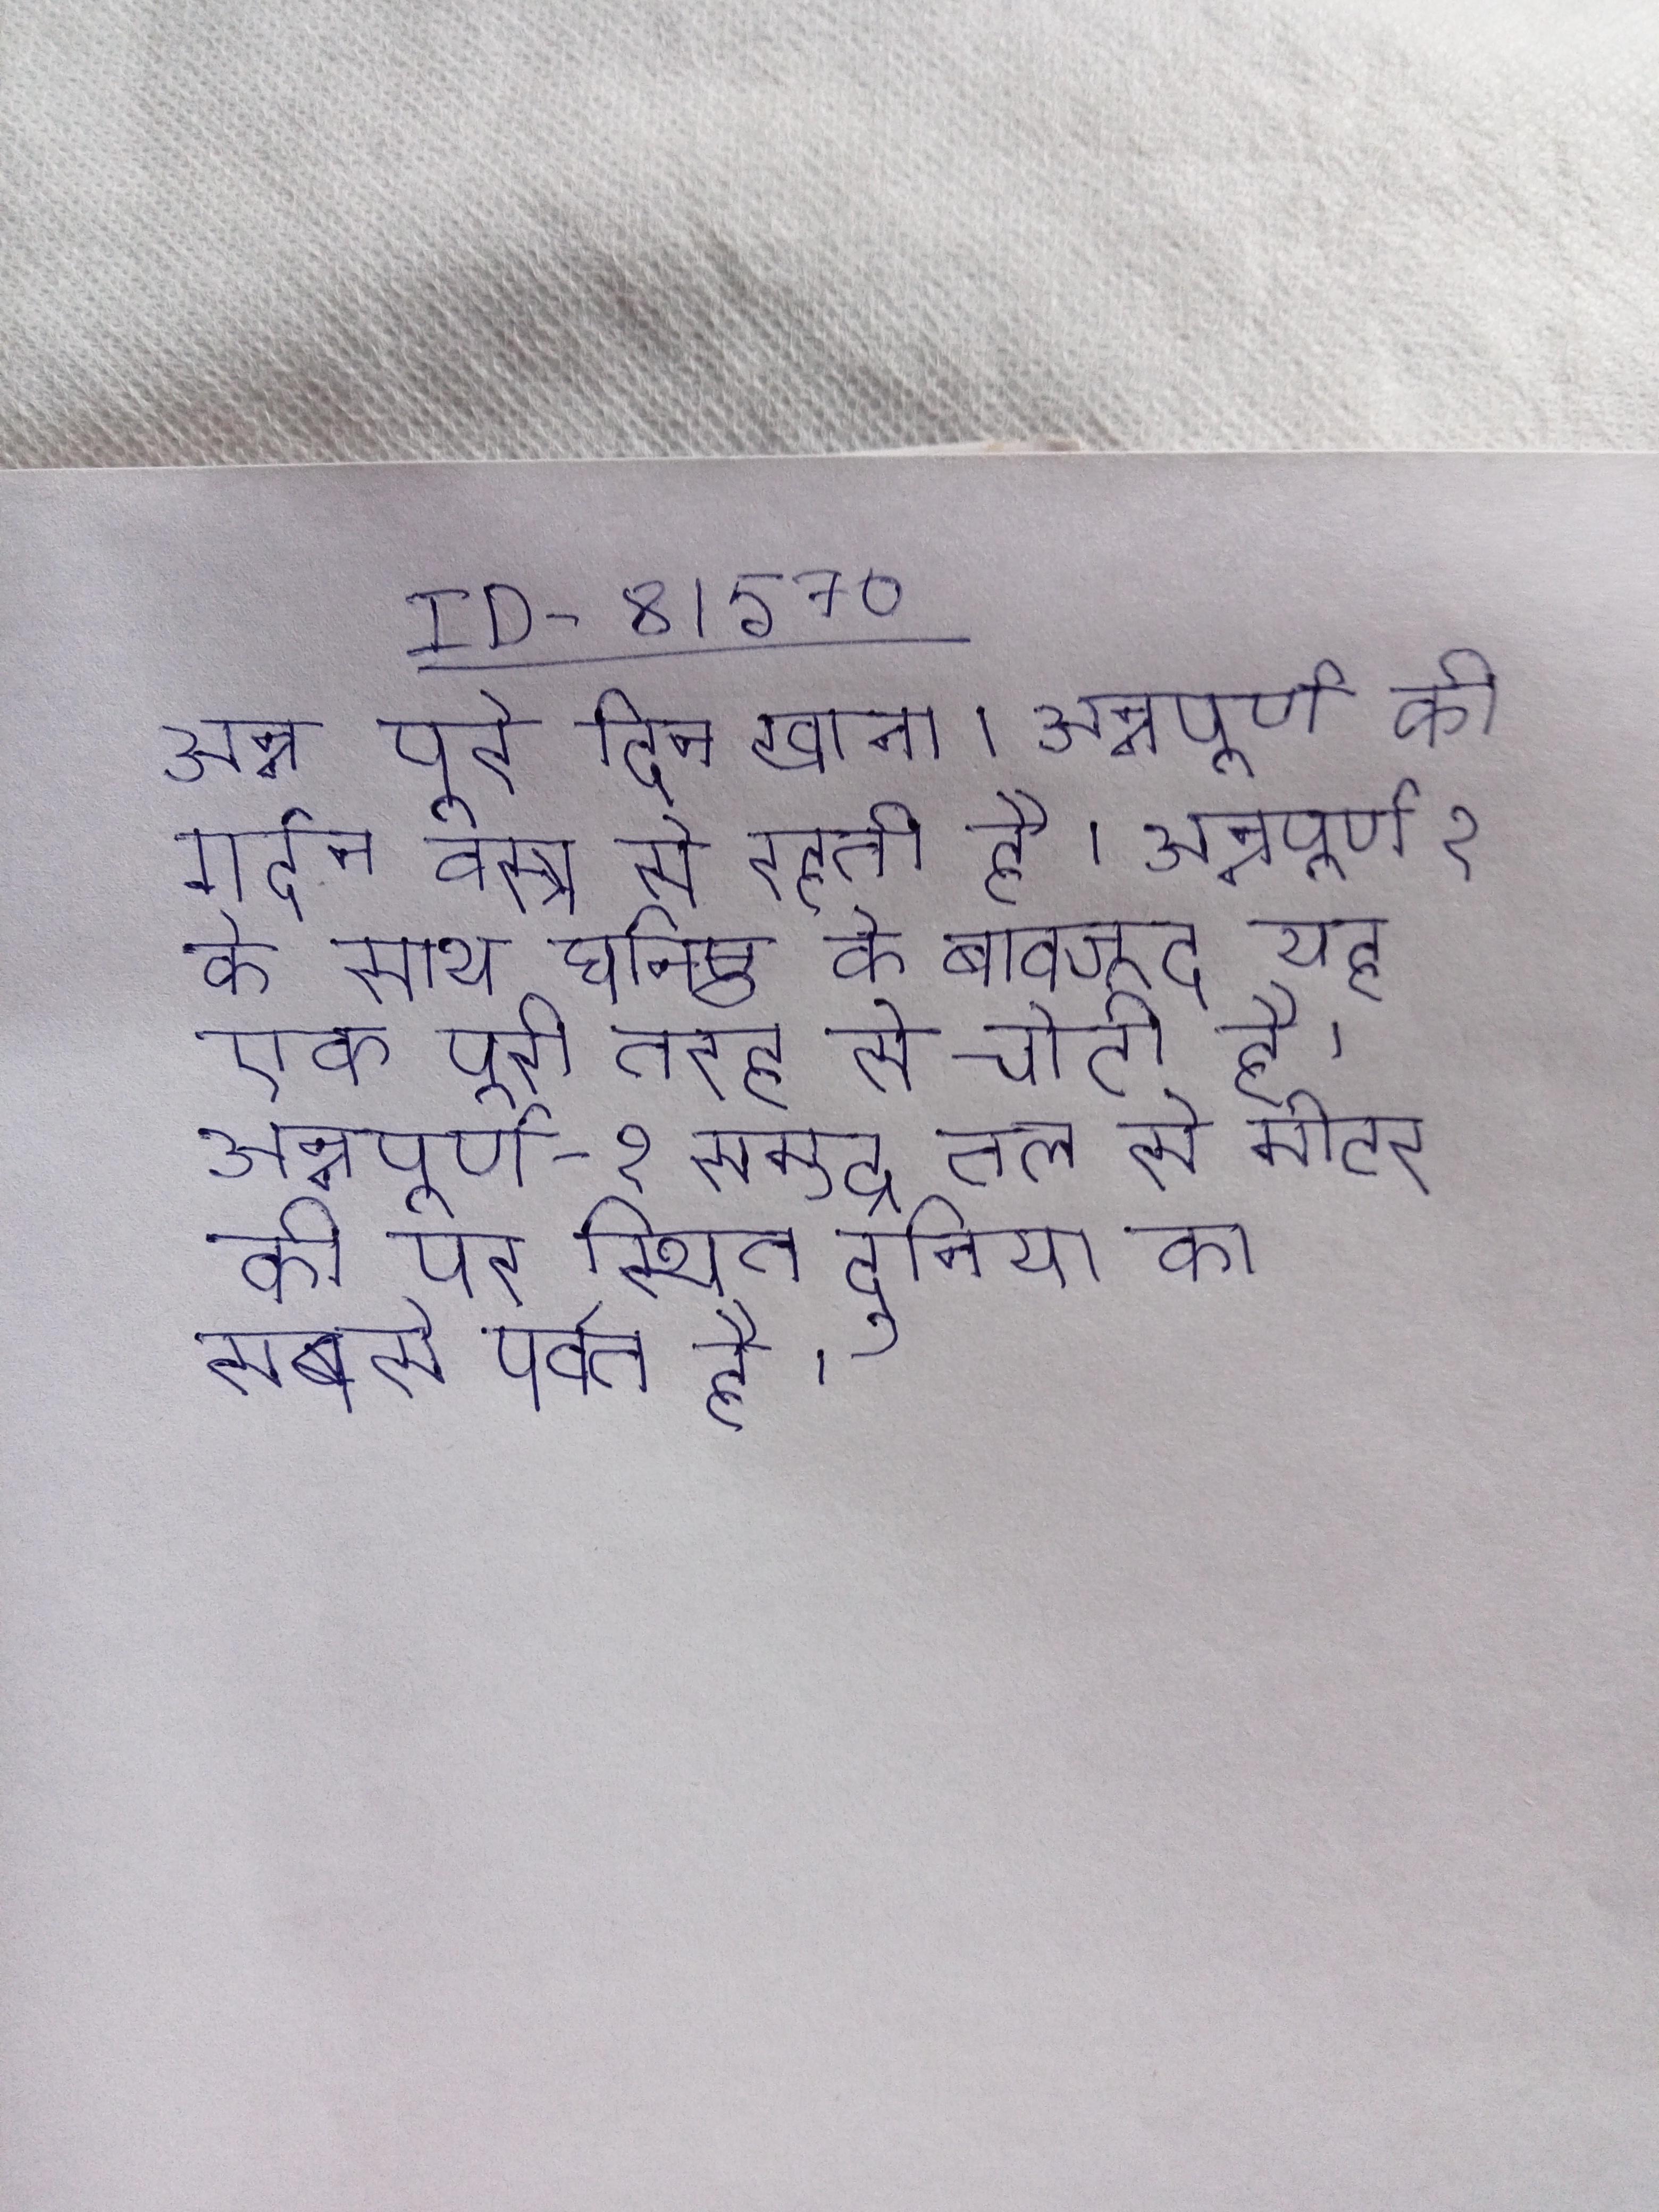
अन्न पूरे दिन खाना । अन्नपूर्ण की गर्दन वस्त्र से रहती है । अन्नपूर्णा १ के साथ घनिष्ठ के बावजूद यह एक पूरी तरह से चोटी है । अन्नपूर्णा-१ समुद्र तल से मीटर की पर स्थित दुनिया का सबसे पर्वत है ।